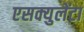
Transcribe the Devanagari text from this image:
एसक्युलेंटा